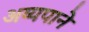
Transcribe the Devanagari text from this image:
अय्यपाने